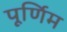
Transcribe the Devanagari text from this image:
पूर्णिम